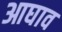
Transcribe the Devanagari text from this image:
आघाव